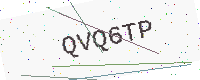
Text: QVQ6TP